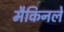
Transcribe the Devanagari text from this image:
मैकिनले